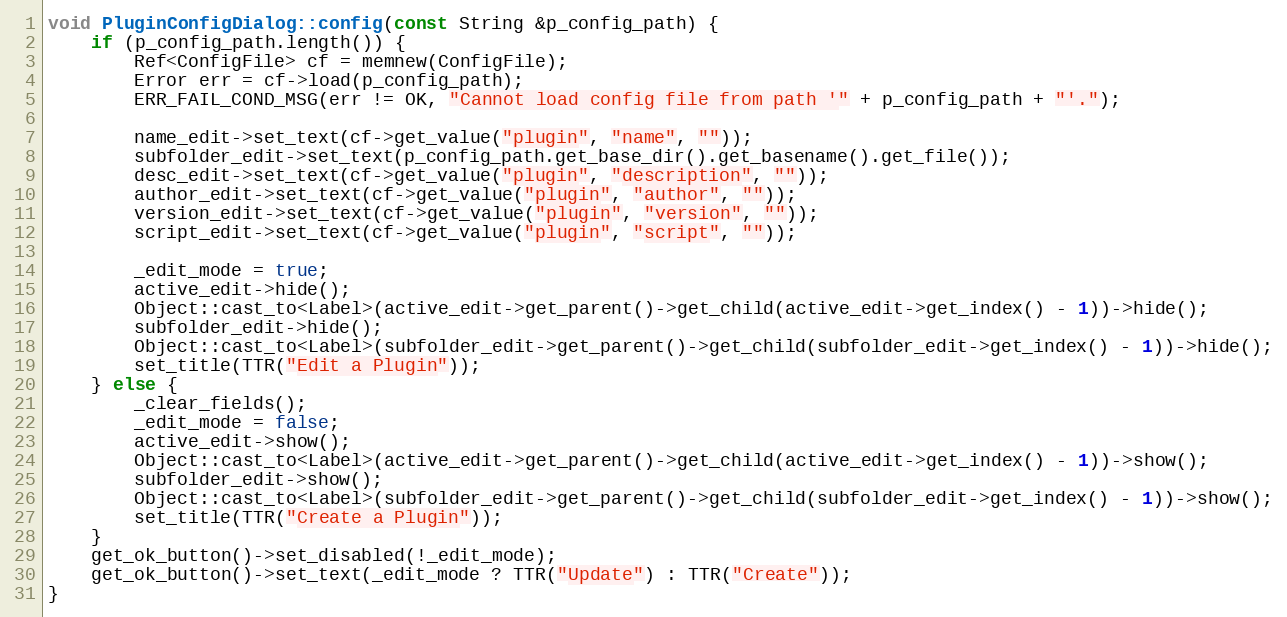
Language: C++
void PluginConfigDialog::config(const String &p_config_path) {
	if (p_config_path.length()) {
		Ref<ConfigFile> cf = memnew(ConfigFile);
		Error err = cf->load(p_config_path);
		ERR_FAIL_COND_MSG(err != OK, "Cannot load config file from path '" + p_config_path + "'.");

		name_edit->set_text(cf->get_value("plugin", "name", ""));
		subfolder_edit->set_text(p_config_path.get_base_dir().get_basename().get_file());
		desc_edit->set_text(cf->get_value("plugin", "description", ""));
		author_edit->set_text(cf->get_value("plugin", "author", ""));
		version_edit->set_text(cf->get_value("plugin", "version", ""));
		script_edit->set_text(cf->get_value("plugin", "script", ""));

		_edit_mode = true;
		active_edit->hide();
		Object::cast_to<Label>(active_edit->get_parent()->get_child(active_edit->get_index() - 1))->hide();
		subfolder_edit->hide();
		Object::cast_to<Label>(subfolder_edit->get_parent()->get_child(subfolder_edit->get_index() - 1))->hide();
		set_title(TTR("Edit a Plugin"));
	} else {
		_clear_fields();
		_edit_mode = false;
		active_edit->show();
		Object::cast_to<Label>(active_edit->get_parent()->get_child(active_edit->get_index() - 1))->show();
		subfolder_edit->show();
		Object::cast_to<Label>(subfolder_edit->get_parent()->get_child(subfolder_edit->get_index() - 1))->show();
		set_title(TTR("Create a Plugin"));
	}
	get_ok_button()->set_disabled(!_edit_mode);
	get_ok_button()->set_text(_edit_mode ? TTR("Update") : TTR("Create"));
}